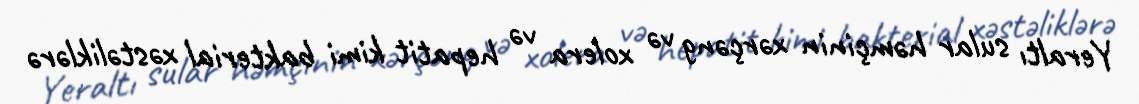
Yeraltı sular həmçinin xərçəng və xolera və hepatit kimi bakterial xəstəliklərə